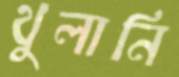
থুলানি